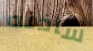
ساخنه